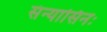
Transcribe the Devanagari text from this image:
संन्यासिनः